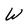
Character: W